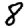
Digit: 8